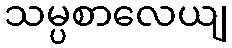
သမ္ပစာလေယျ